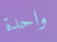
واحدة